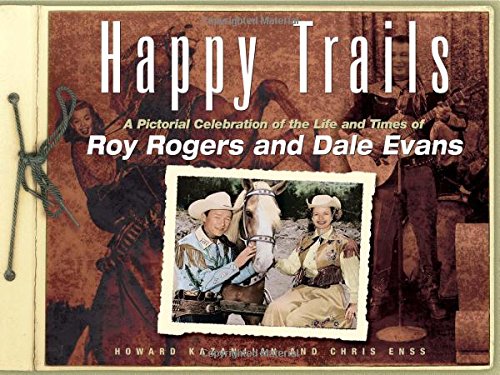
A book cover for Happy Trails: A Pictorial Celebration Of The Life And Times Of Roy Rogers And Dale Evans; Howard Kazanjian; Arts & Photography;